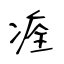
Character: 痊